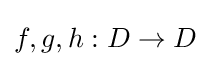
f,g,h:D\to D